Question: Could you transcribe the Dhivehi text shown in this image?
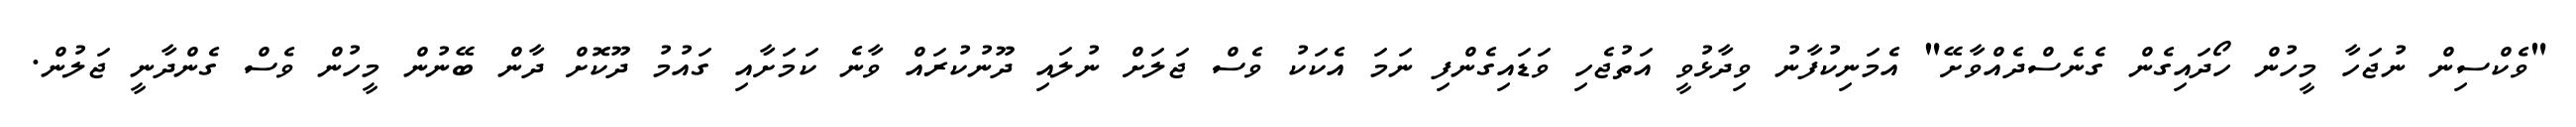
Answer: "ވެކްސިން ނުޖަހާ މީހުން ހޯދައިގެން ގެނެސްދެއްވާށޭ" އެމަނިކުފާނު ވިދާޅުވީ އަތުޖެހި ވަޑައިގެންފި ނަމަ އެކަކު ވެސް ޖަލަށް ނުލައި ދޫނުކުރައް ވާނެ ކަމަށާއި ގައުމު ދޫކޮށް ދާން ބޭނުން މީހުން ވެސް ގެންދާނީ ޖަލުން.